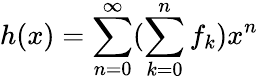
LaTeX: h(x)=\sum_{n=0}^{\infty}(\sum_{k=0}^{n}f_{k})x^{n}